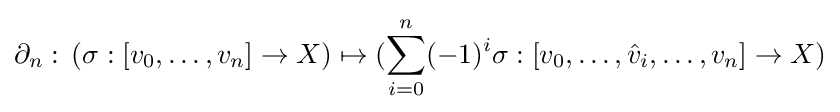
\partial _{n}:\,(\sigma :[v_{0},\ldots ,v_{n}]\to X)\mapsto (\sum _{i=0}^{n}(-1)^{i}\sigma :[v_{0},\ldots ,{\hat {v}}_{i},\ldots ,v_{n}]\to X)